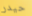
حيدر